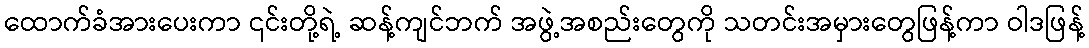
ထောက်ခံအားပေးကာ ၎င်းတို့ရဲ့ ဆန့်ကျင်ဘက် အဖွဲ့အစည်းတွေကို သတင်းအမှားတွေဖြန့်ကာ ဝါဒဖြန့်